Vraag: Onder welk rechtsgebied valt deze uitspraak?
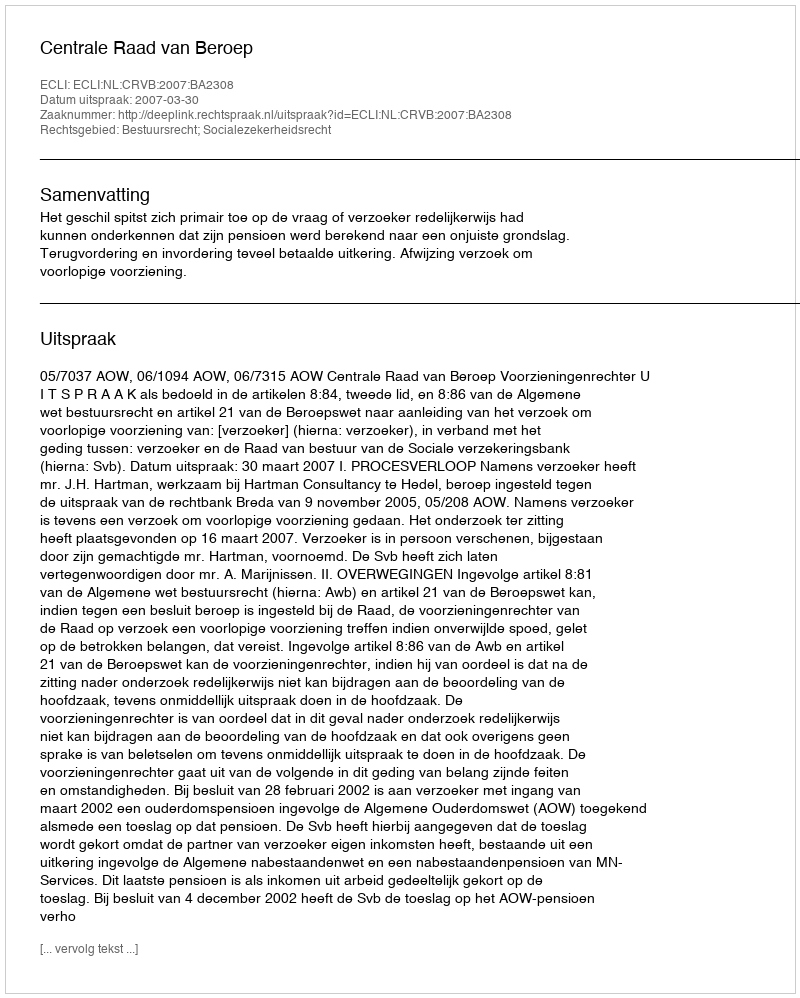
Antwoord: Bestuursrecht; Socialezekerheidsrecht